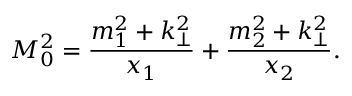
M _ { 0 } ^ { 2 } = { \frac { m _ { 1 } ^ { 2 } + k _ { \bot } ^ { 2 } } { x _ { 1 } } } + { \frac { m _ { 2 } ^ { 2 } + k _ { \bot } ^ { 2 } } { x _ { 2 } } } .